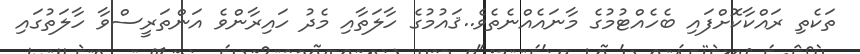
ތަކެތި ރައްކާކޮށްފައި ބެހެއްޓުމުގެ މާނައެއްނެތެވެ..ޤައުމުގެ ހާލަތާއި މެދު ހައިރާންވެ އަންތަރީސްވާ ހާލަތުގައި